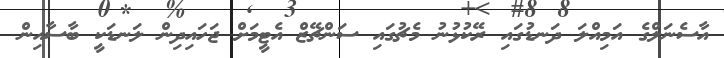
އާސެނަލްގެ އަމިއްލަ ދަނޑުގައި ރޭކުޅުނު މެޗުގައި ސަންޗޭޒް އެޓީމަށް ޖަހައިދިން ލަނޑަކީ ބާސާއިން